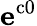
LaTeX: \mathbf{e}^{\mathrm{{c0}}}